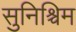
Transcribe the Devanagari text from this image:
सुनिश्चिम